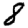
Digit: 8